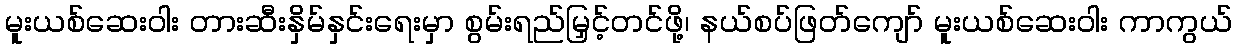
မူးယစ်ဆေးဝါး တားဆီးနှိမ်နှင်းရေးမှာ စွမ်းရည်မြှင့်တင်ဖို့၊ နယ်စပ်ဖြတ်ကျော် မူးယစ်ဆေးဝါး ကာကွယ်